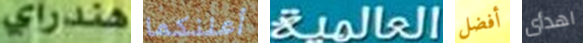
هندراي أعلنكما العالمية أفضل اهدأى